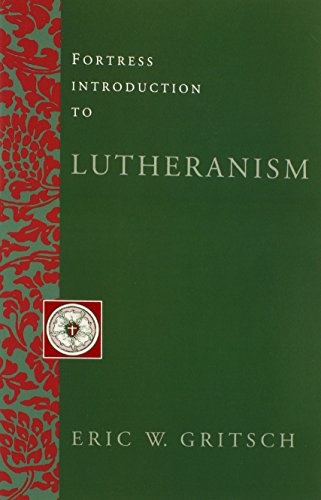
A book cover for Fortress Introduction to Lutheranism; Eric W. Gritsch; Christian Books & Bibles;